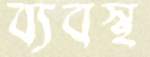
ব্যবস্থ